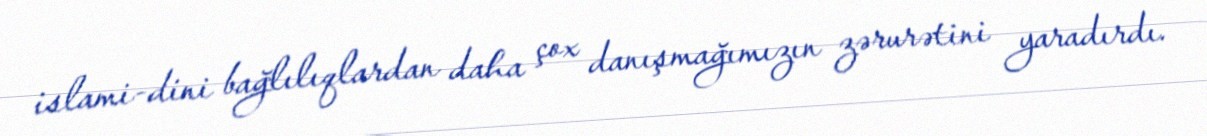
islami-dini bağlılıqlardan daha çox danışmağımızın zərurətini yaradırdı.